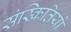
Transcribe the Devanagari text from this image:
संस्क्रितियों